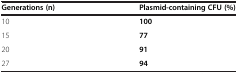
| Generations (n) | Plasmid-containing CFU (%) |
 | --- | --- |
 | 10 | 100 |
 | 15 | 77 |
 | 20 | 91 |
 | 27 | 94 |